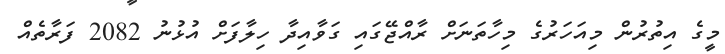
މީގެ އިތުރުން މިއަހަރުގެ މިހާތަނަށް ރާއްޖޭގައި ގަވާއިދާ ހިލާފަށް އުޅުނު 2082 ފަރާތެއް